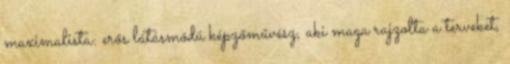
maximalista: erős látásmódú képzőművész, aki maga rajzolta a terveket,